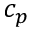
c _ { p }